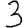
Digit: 3